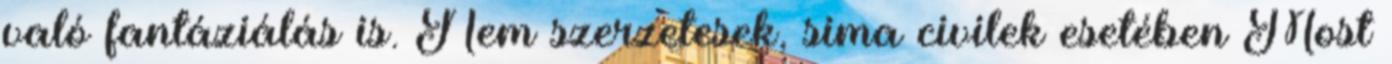
való fantáziálás is. Nem szerzetesek, sima civilek esetében Most